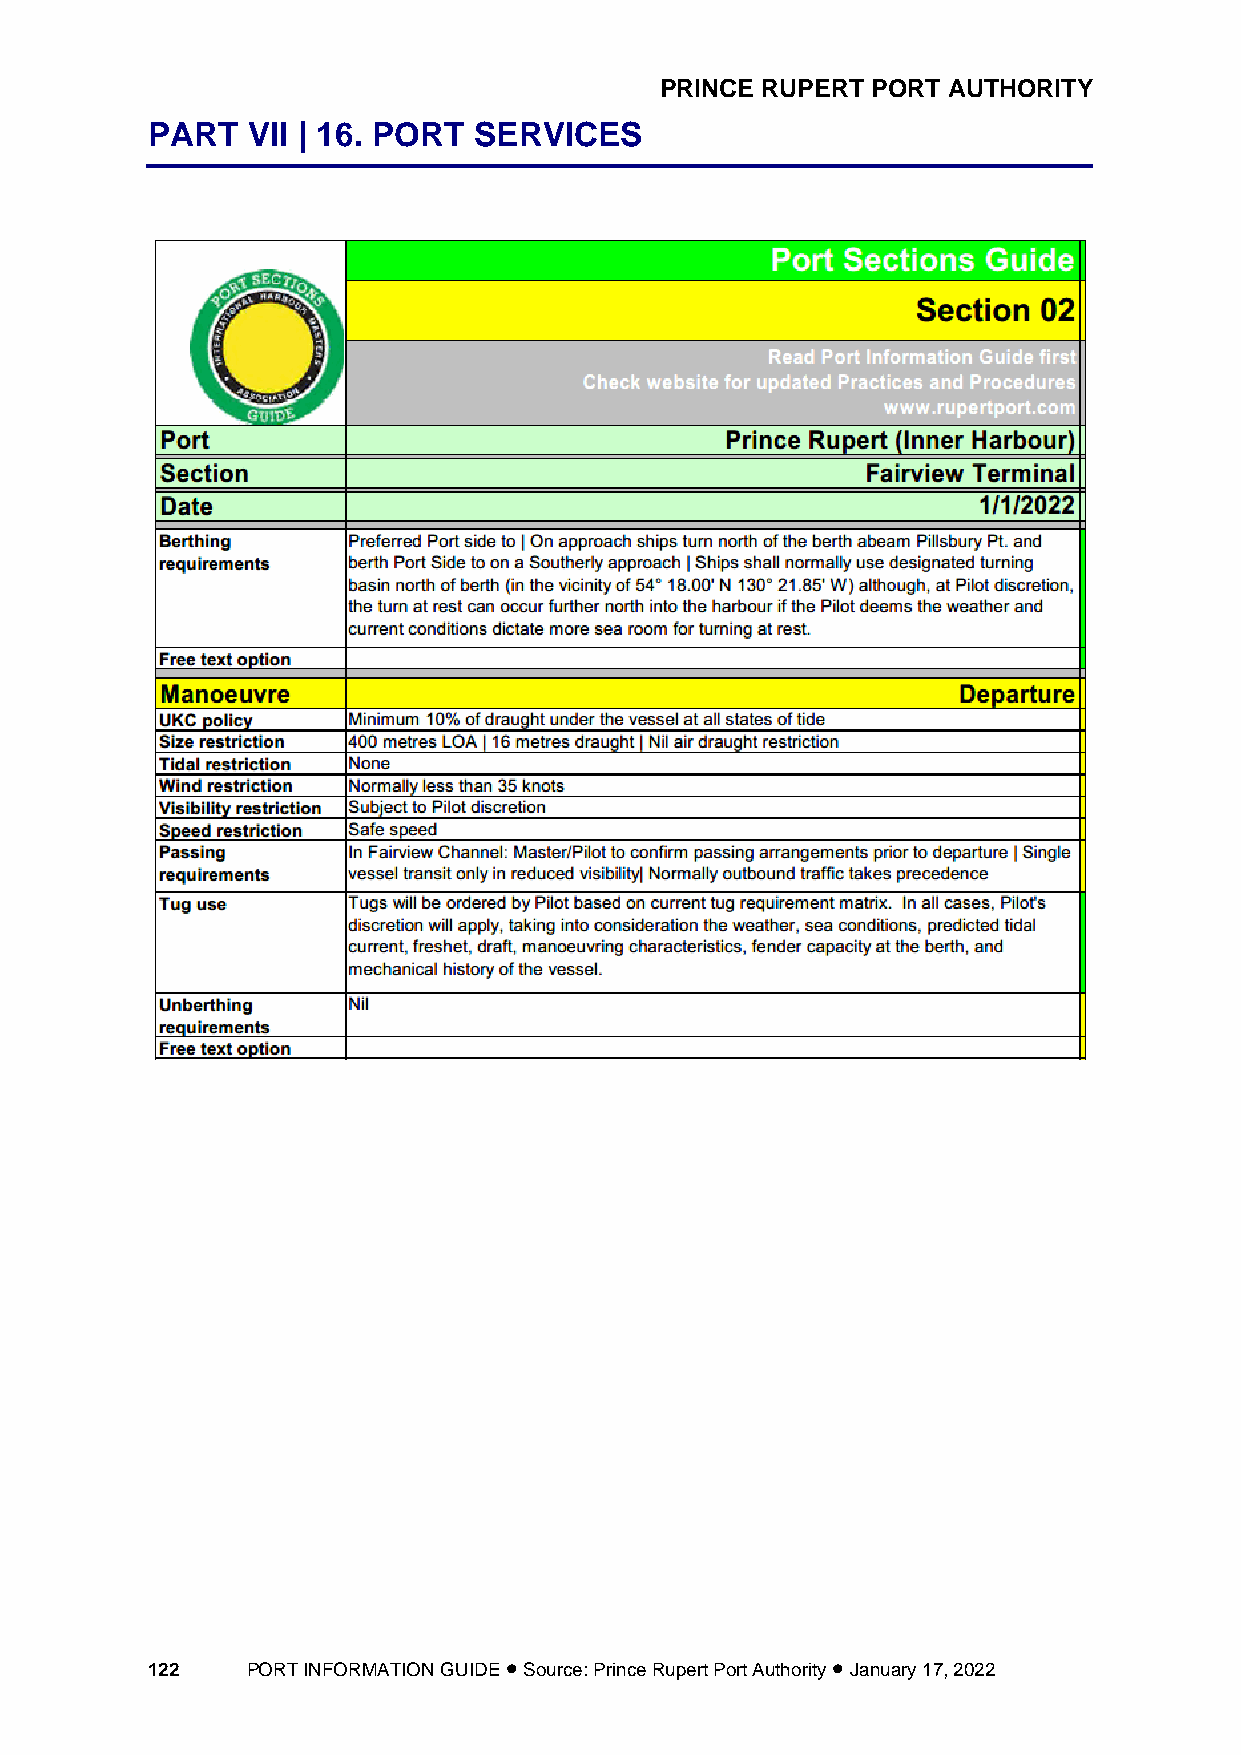
PRINCE RUPERT PORT AUTHORITY
 PART  VII | 16. PORT SERVICES
 122   PORT INFORMATION GUIDE • Source: Prince Rupert Port Authority • January 17, 2022